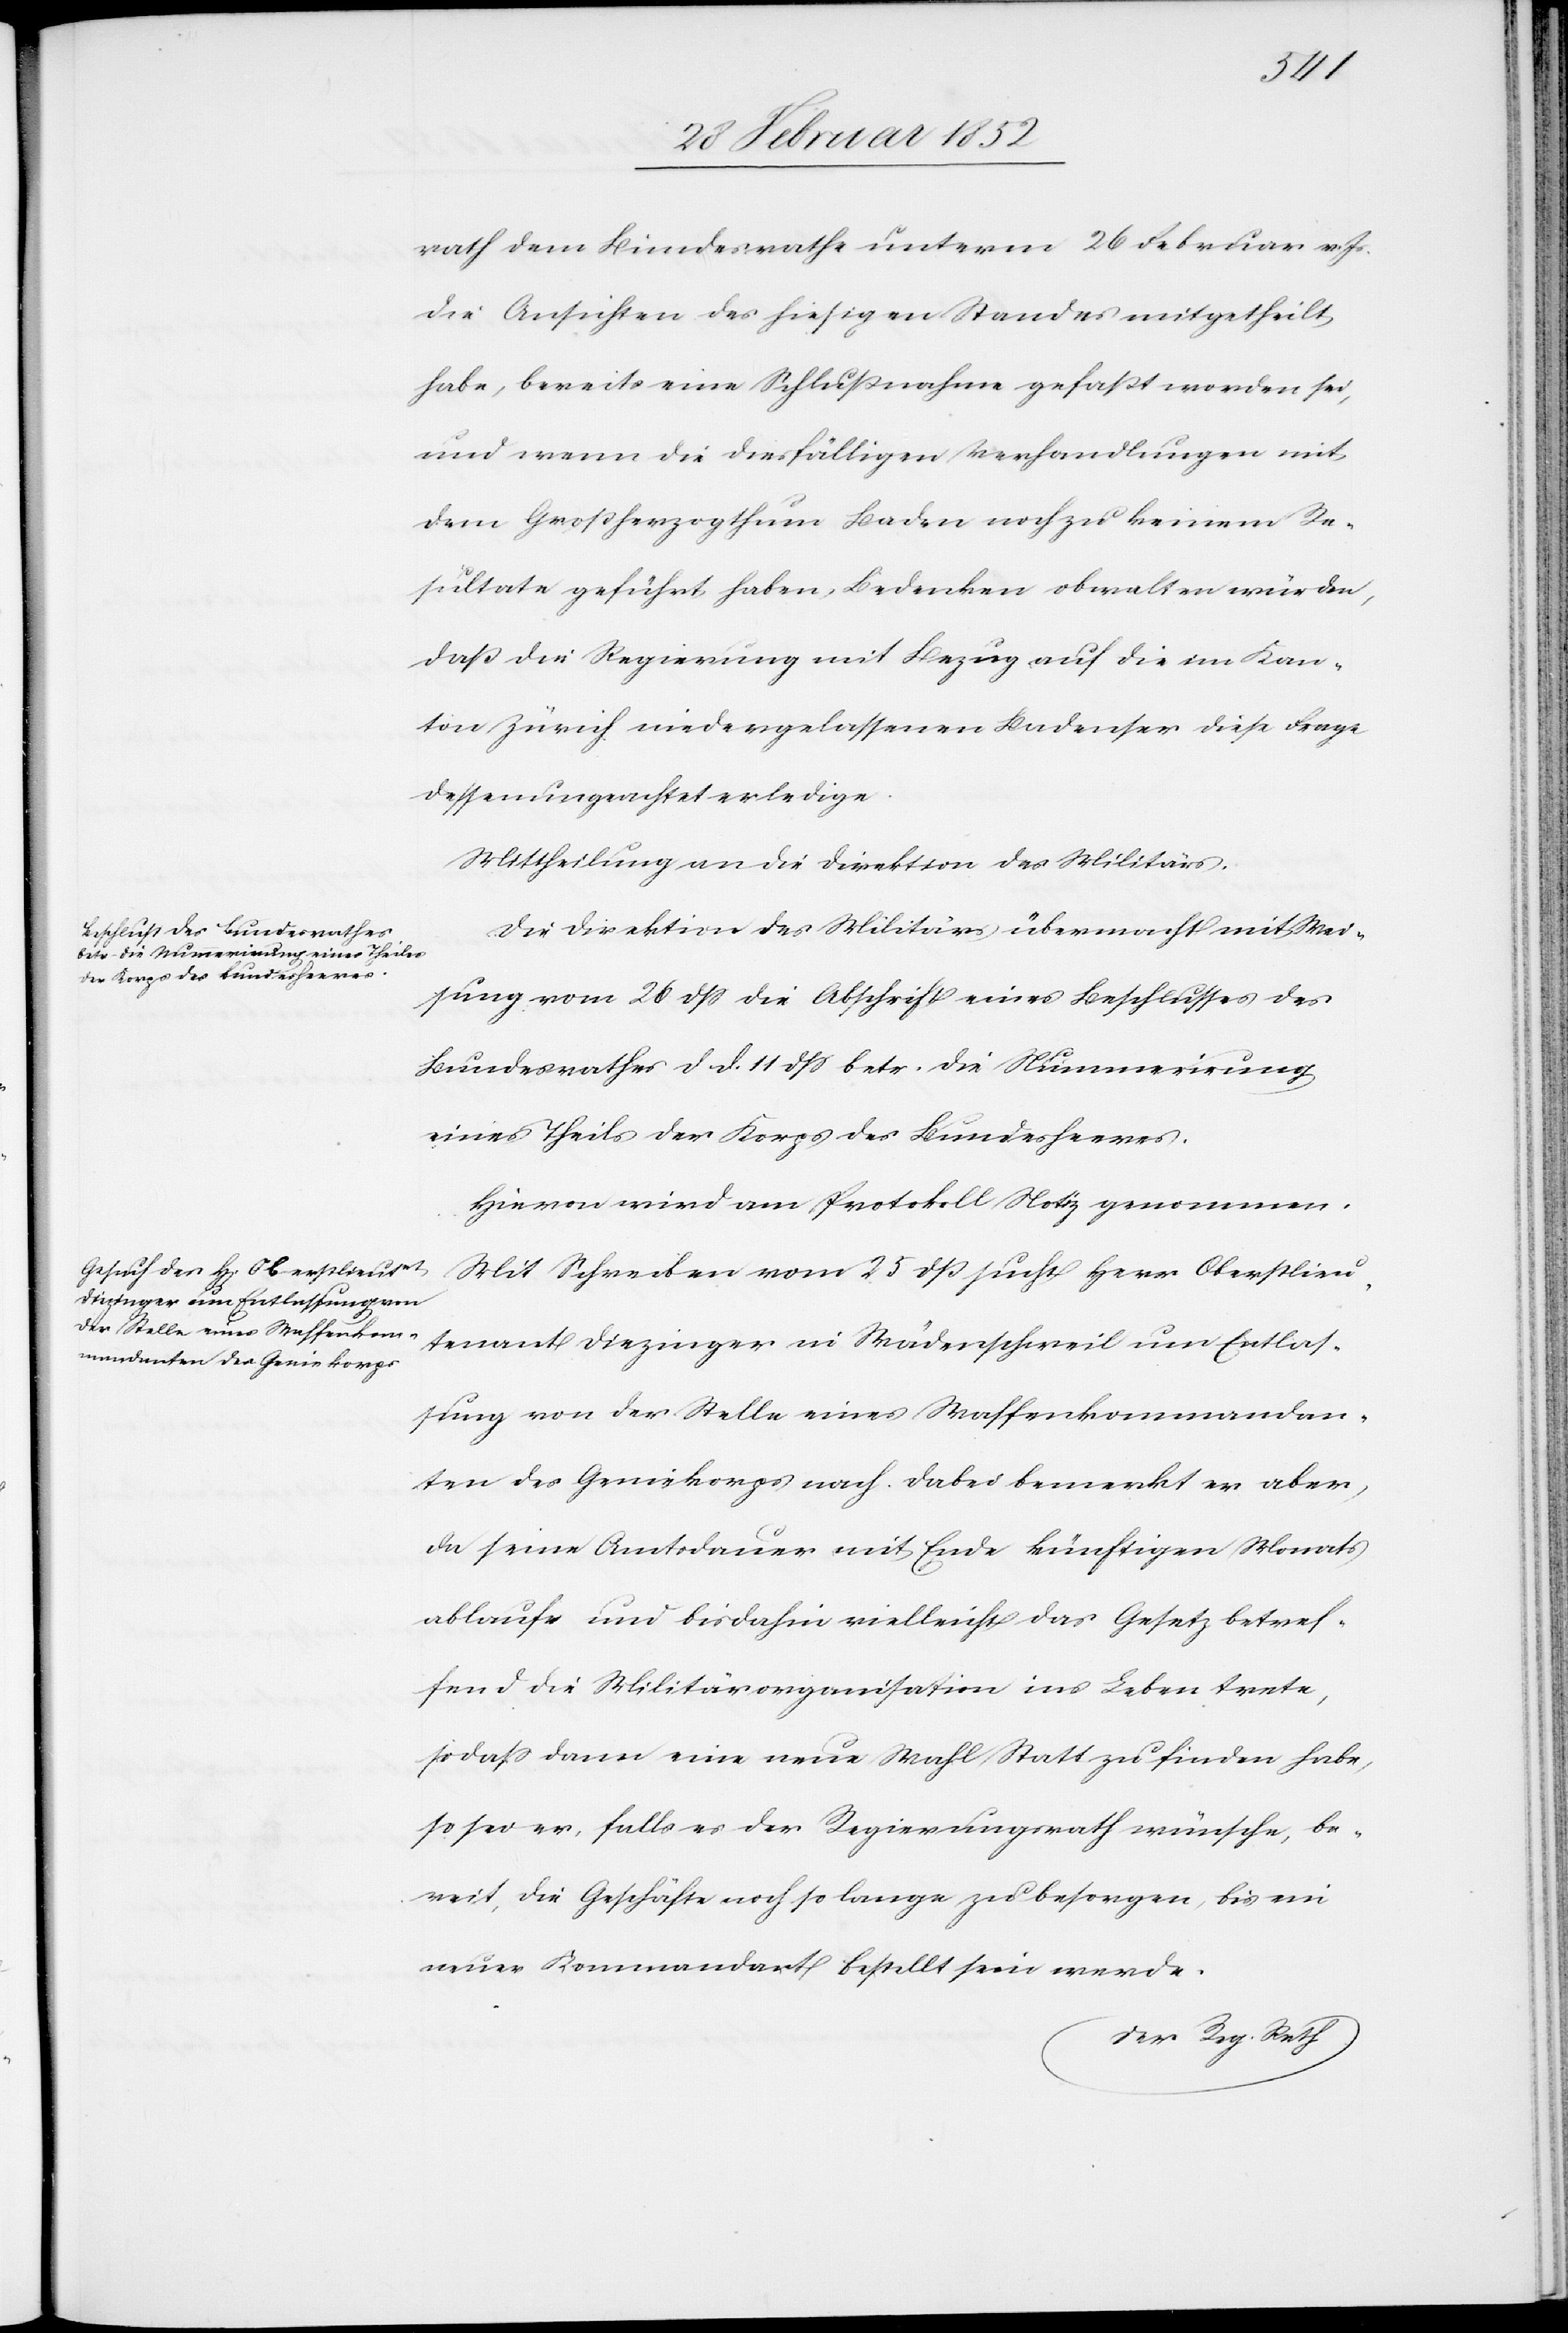
rath dem Bundesrathe unterm 26 Februar v. Js
die Ansichten des hiesigen Standes mitgetheilt
habe, bereits eine Schlußnahme gefaßt worden sei,
und wenn die diesfälligen Verhandlungen mit
dem Großherzogthum Baden noch zu keinem Re¬
sultate geführt haben, Bedenken obwalten würden,
daß die Regierung mit Bezug auf die im Kan¬
ton Zürich niedergelassenen Badenser diese Frage
dessenungeachtet erledige.
Mittheilung an die Direktion des Militärs.
Die Direktion des Militärs übermacht mit Wei¬
sung vom 26 dß die Abschrift eines Beschlußes des
Bundesrathes d. d. 11 dß betr. die Nummerirung
eines Theils der Korps des Bundesheeres.
Hiervon wird am Protokoll Notiz genommen.
Mit Schreiben vom 25 dß sucht Herr Oberstlieu¬
tenant Diezinger in Wädenschweil um Entlas¬
sung von der Stelle eines Waffenkommandan¬
ten des Geniekorps nach. Dabei bemerkt er aber,
da seine Amtsdauer mit Ende künftigen Monats
ablaufe und bisdahin vielleicht das Gesetz betref¬
fend die Militärorganisation ins Leben trete,
so daß dann eine neue Wahl Statt zu finden habe,
so sei er, falls es der Regierungsrath wünsche, be¬
reit, die Geschäfte noch so lange zu besorgen, bis ein
neuer Kommandant bestellt sein werde.